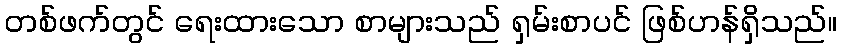
တစ်ဖက်တွင် ရေးထားသော စာများသည် ရှမ်းစာပင် ဖြစ်ဟန်ရှိသည်။